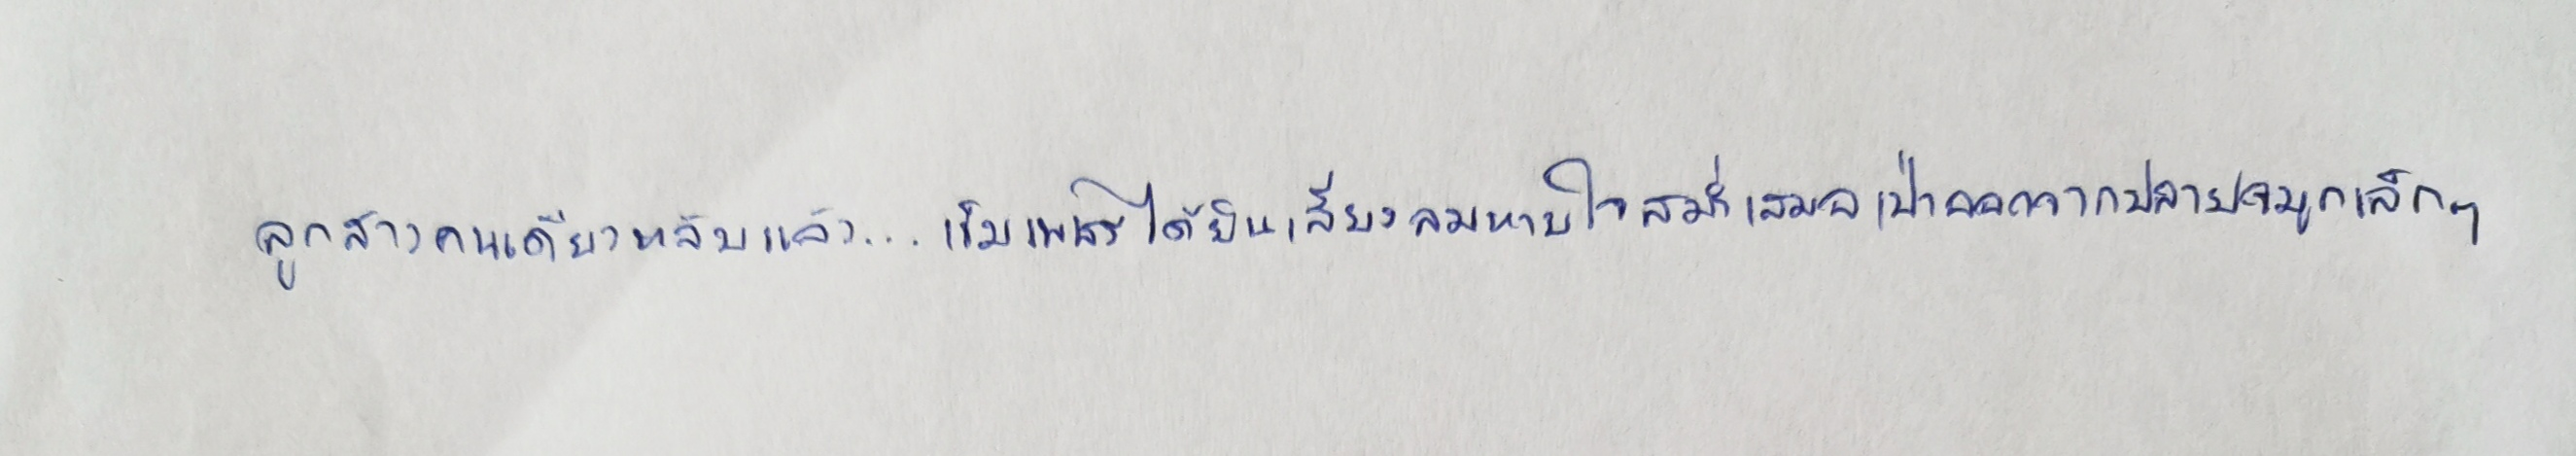
ลูกสาวคนเดียวหลับแล้ว...เข็มเพชรได้ยินเสียงลมหายใจสม่ำเสมอเป่าออกจากปลายจมูกเล็กๆ